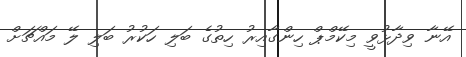
އޭނާ ވިދާޅުވީ މިކޭމްޕް ހިންގާއިރު ހިތުގެ ބަލި ހަކުރު ބަލި ލޭ މައްޗަށް